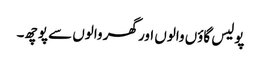
پولیس گاؤں والوں اور گھر والوں سے پوچھ۔